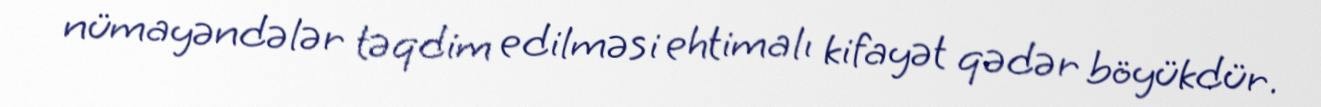
nümayəndələr təqdim edilməsi ehtimalı kifayət qədər böyükdür.